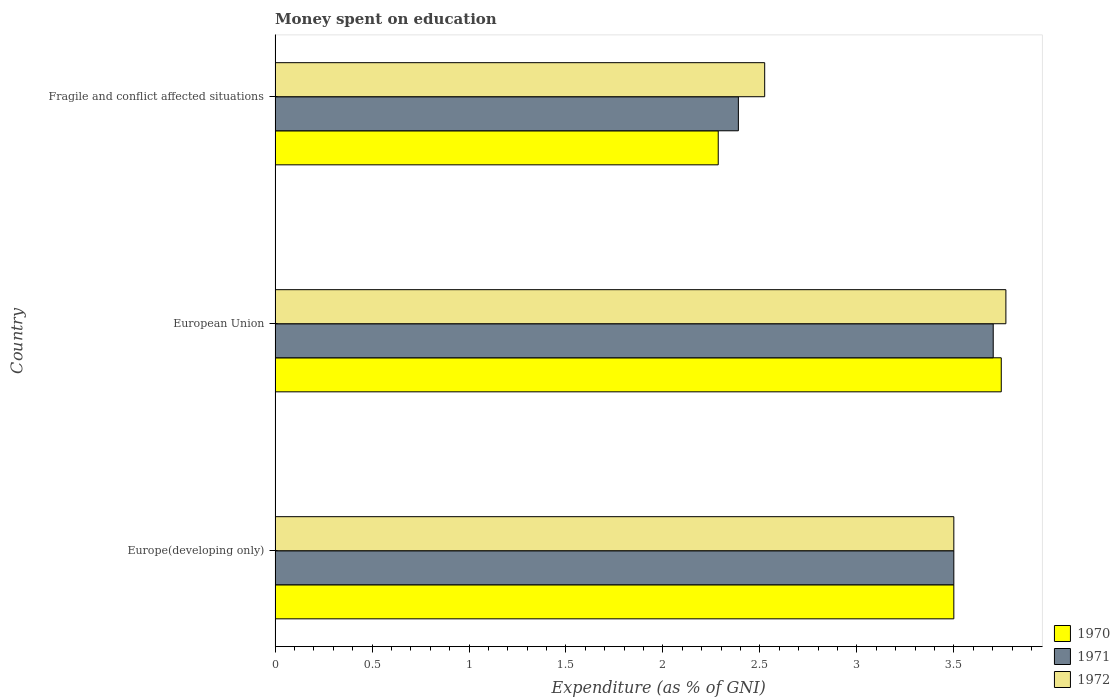
| Country | 1970 | 1971 | 1972 |
 | --- | --- | --- | --- |
 | Europe(developing only) | 3.5 | 3.5 | 3.5 |
 | European Union | 3.74 | 3.7 | 3.77 |
 | Fragile and conflict affected situations | 2.29 | 2.39 | 2.52 |